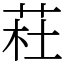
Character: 荰